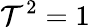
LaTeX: \mathcal{T}^{2}=1